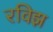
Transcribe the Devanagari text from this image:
रविझ